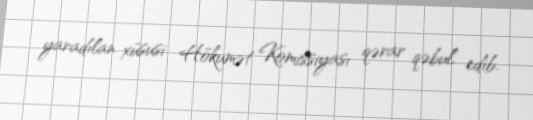
yaradılan xüsusi Hökumət Komissiyası qərar qəbul edib.